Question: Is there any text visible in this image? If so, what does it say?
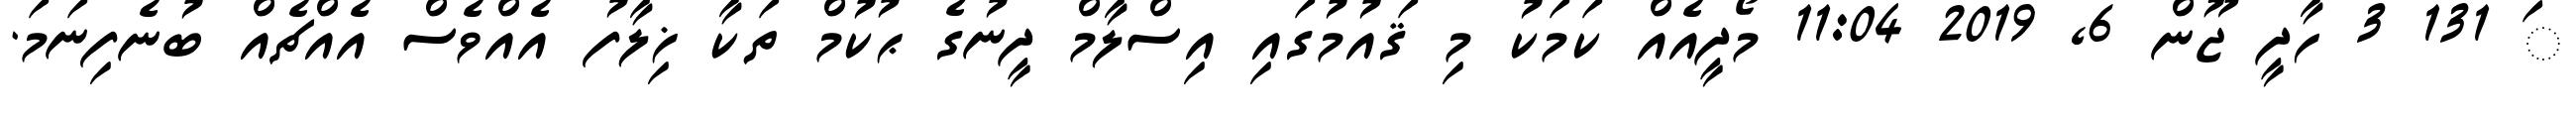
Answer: ަ 131 3 ހާދީ ޖޫން 6, 2019 11:04 މޯދީއެއް ކަމަކު މި ޤައުމުގައި އިސްލާމް ދީނުގެ ޙުކުމް ތަކާ ޚިލާފު އެއްވެސް އެއްޗެއް ބުނެފިނަމަ.